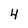
Character: 4